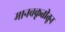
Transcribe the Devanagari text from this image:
मानवकृतीतून